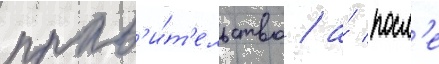
прав'и́т'ельство / а́ посл'е